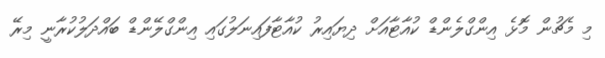
މި މެޗުން މޮޅެ އިންގްލެންޑް ކުއާޓާއަށް ދިޔައިރު ކުއާޓާފައިނަލުގައި އިންގްލޭންޑް ބައްދަލުކުރާނީ މިރޭ